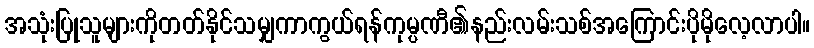
အသုံးပြုသူများကိုတတ်နိုင်သမျှကာကွယ်ရန်ကုမ္ပဏီ၏နည်းလမ်းသစ်အကြောင်းပိုမိုလေ့လာပါ။